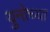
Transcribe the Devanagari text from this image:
युनोच्या